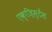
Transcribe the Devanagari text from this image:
एक्ज़िस्टेंस